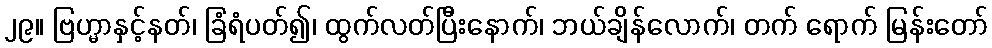
၂၉။ ဗြဟ္မာနှင့်နတ်၊ ခြံရံပတ်၍၊ ထွက်လတ်ပြီးနောက်၊ ဘယ်ချိန်လောက်၊ တက် ရောက် မြန်းတော်